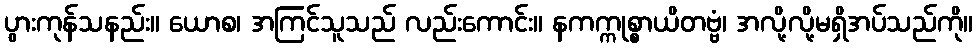
ပွားကုန်သနည်း။ ယောစ၊ အကြင်သူသည် လည်းကောင်း။ နကက္ကုစ္စာယိတဗ္ဗံ၊ အလို့လို့မရှိအပ်သည်ကို။